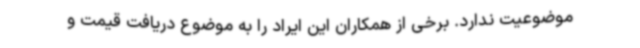
موضوعیت ندارد. برخی از همکاران این ایراد را به موضوع دریافت قیمت و